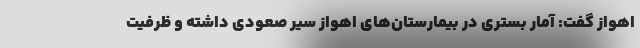
اهواز گفت: آمار بستری در بیمارستان‌های اهواز سیر صعودی داشته و ظرفیت